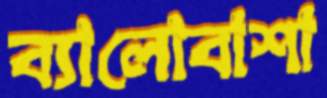
ব্যালোবাশা